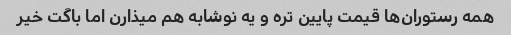
همه رستوران‌ها قیمت پایین تره و یه نوشابه هم میذارن اما باگت خیر